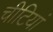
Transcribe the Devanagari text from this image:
चीटियां